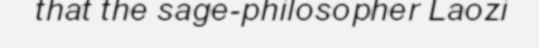
that the sage-philosopher Laozi